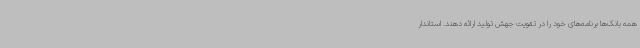
همه بانک‌ها برنامه‌های خود را در تقویت جهش تولید ارائه دهند. استاندار